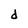
Character: d